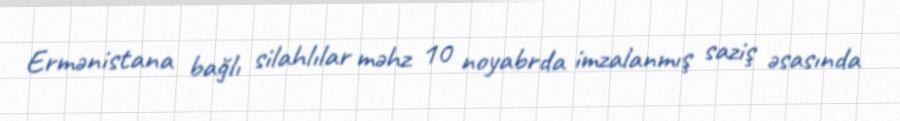
Ermənistana bağlı silahlılar məhz 10 noyabrda imzalanmış saziş əsasında